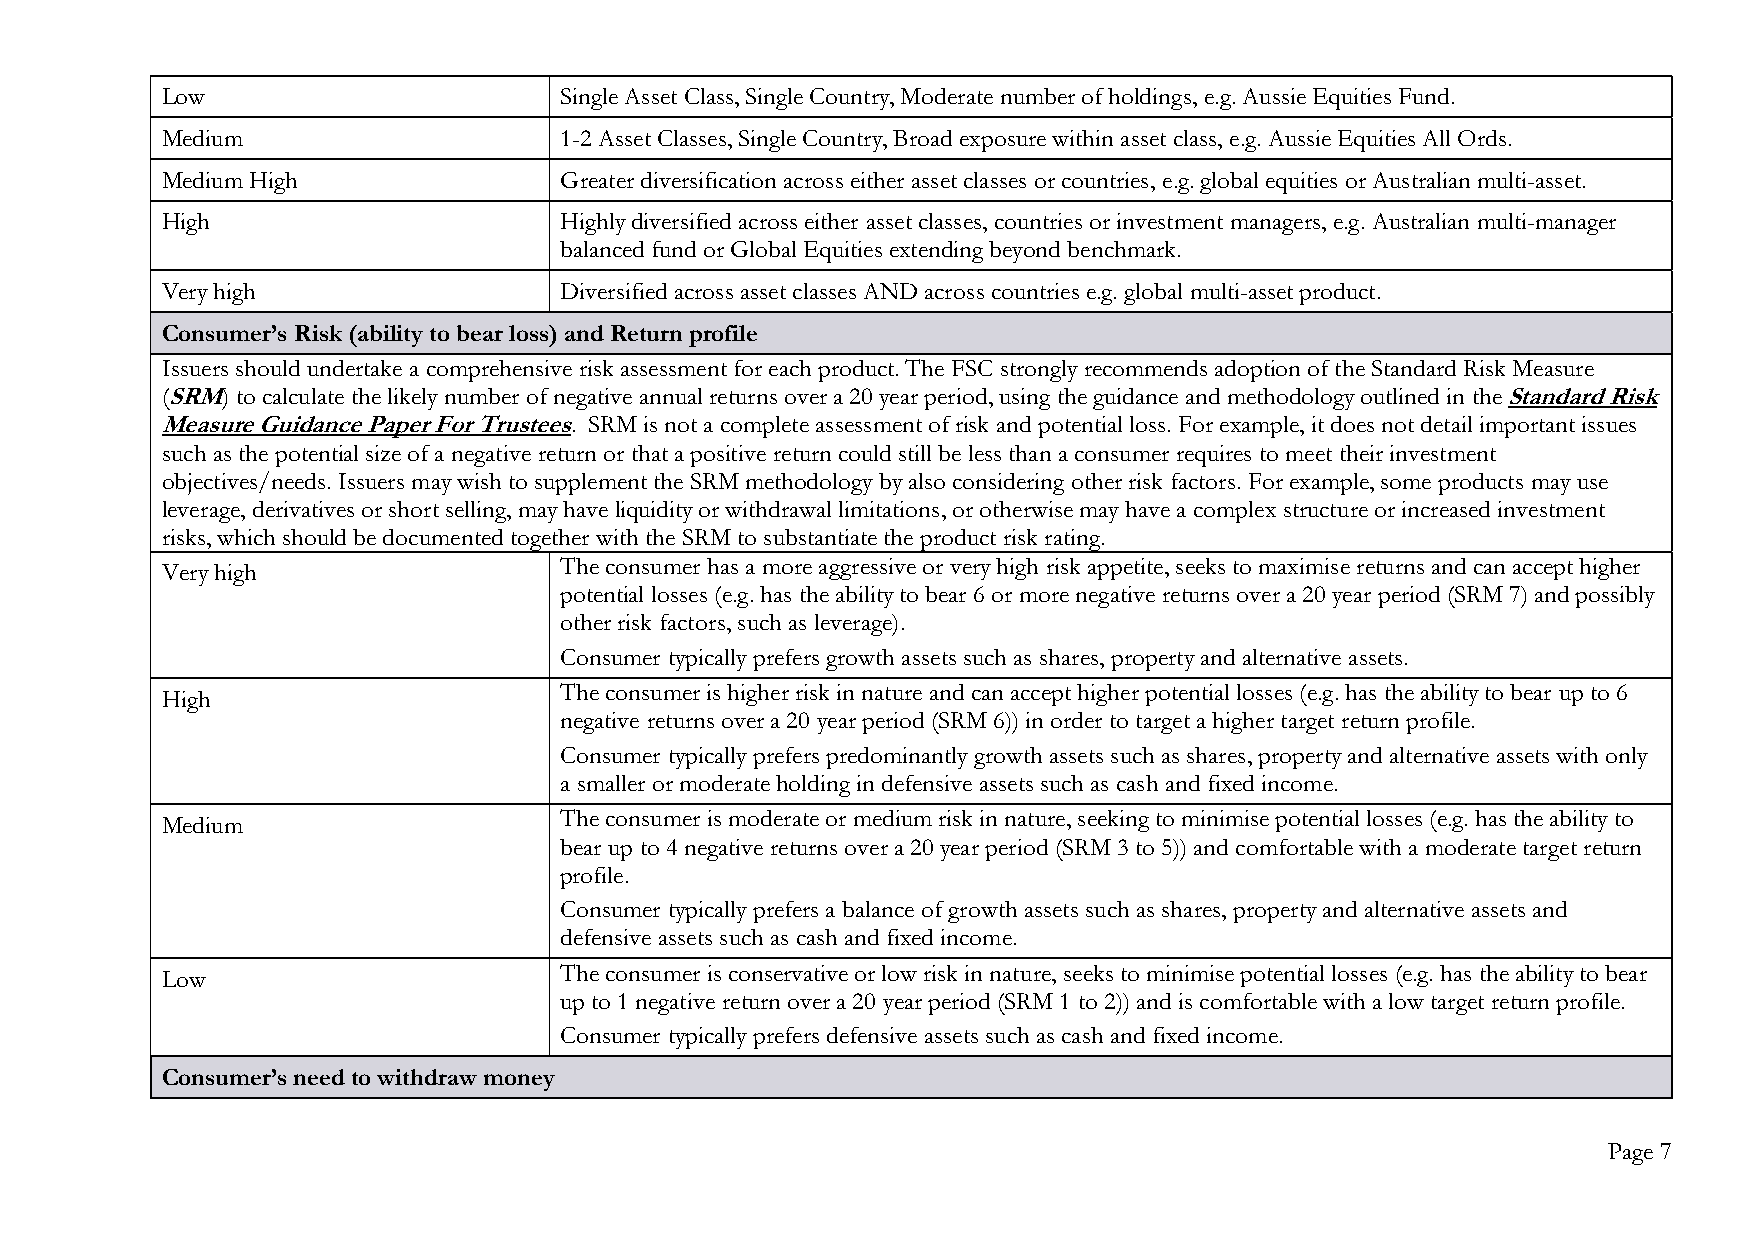
Low                       Single Asset Class, Single Country, Moderate number of holdings, e.g. Aussie Equities Fund.
 Medium                    1-2 Asset Classes, Single Country, Broad exposure within asset class, e.g. Aussie Equities All Ords.
 Medium High               Greater diversification across either asset classes or countries, e.g. global equities or Australian multi-asset.
 High                      Highly diversified across either asset classes, countries or investment managers, e.g. Australian multi-manager
 balanced fund or Global Equities extending beyond benchmark.
 Very high                 Diversified across asset classes AND across countries e.g. global multi-asset product.
 Consumer’s Risk (ability to bear loss) and Return profile
 Issuers should undertake a comprehensive risk assessment for each product. The FSC strongly recommends adoption of the Standard Risk Measure
 (SRM) to calculate the likely number of negative annual returns over a 20 year period, using the guidance and methodology outlined in the Standard Risk
 Measure Guidance Paper For Trustees. SRM is not a complete assessment of risk and potential loss. For example, it does not detail important issues
 such as the potential size of a negative return or that a positive return could still be less than a consumer requires to meet their investment
 objectives/needs. Issuers may wish to supplement the SRM methodology by also considering other risk factors. For example, some products may use
 leverage, derivatives or short selling, may have liquidity or withdrawal limitations, or otherwise may have a complex structure or increased investment
 risks, which should be documented together with the SRM to substantiate the product risk rating.
 Very high                 The consumer has a more aggressive or very high risk appetite, seeks to maximise returns and can accept higher
 potential losses (e.g. has the ability to bear 6 or more negative returns over a 20 year period (SRM 7) and possibly
 other risk factors, such as leverage).
 Consumer typically prefers growth assets such as shares, property and alternative assets.
 The consumer is higher risk in nature and can accept higher potential losses (e.g. has the ability to bear up to 6
 High
 negative returns over a 20 year period (SRM 6)) in order to target a higher target return profile.
 Consumer typically prefers predominantly growth assets such as shares, property and alternative assets with only
 a smaller or moderate holding in defensive assets such as cash and fixed income.
 The consumer is moderate or medium risk in nature, seeking to minimise potential losses (e.g. has the ability to
 Medium
 bear up to 4 negative returns over a 20 year period (SRM 3 to 5)) and comfortable with a moderate target return
 profile.
 Consumer typically prefers a balance of growth assets such as shares, property and alternative assets and
 defensive assets such as cash and fixed income.
 Low                       The consumer is conservative or low risk in nature, seeks to minimise potential losses (e.g. has the ability to bear
 up to 1 negative return over a 20 year period (SRM 1 to 2)) and is comfortable with a low target return profile.
 Consumer typically prefers defensive assets such as cash and fixed income.
 Consumer’s need to withdraw money
 Page 7